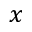
x